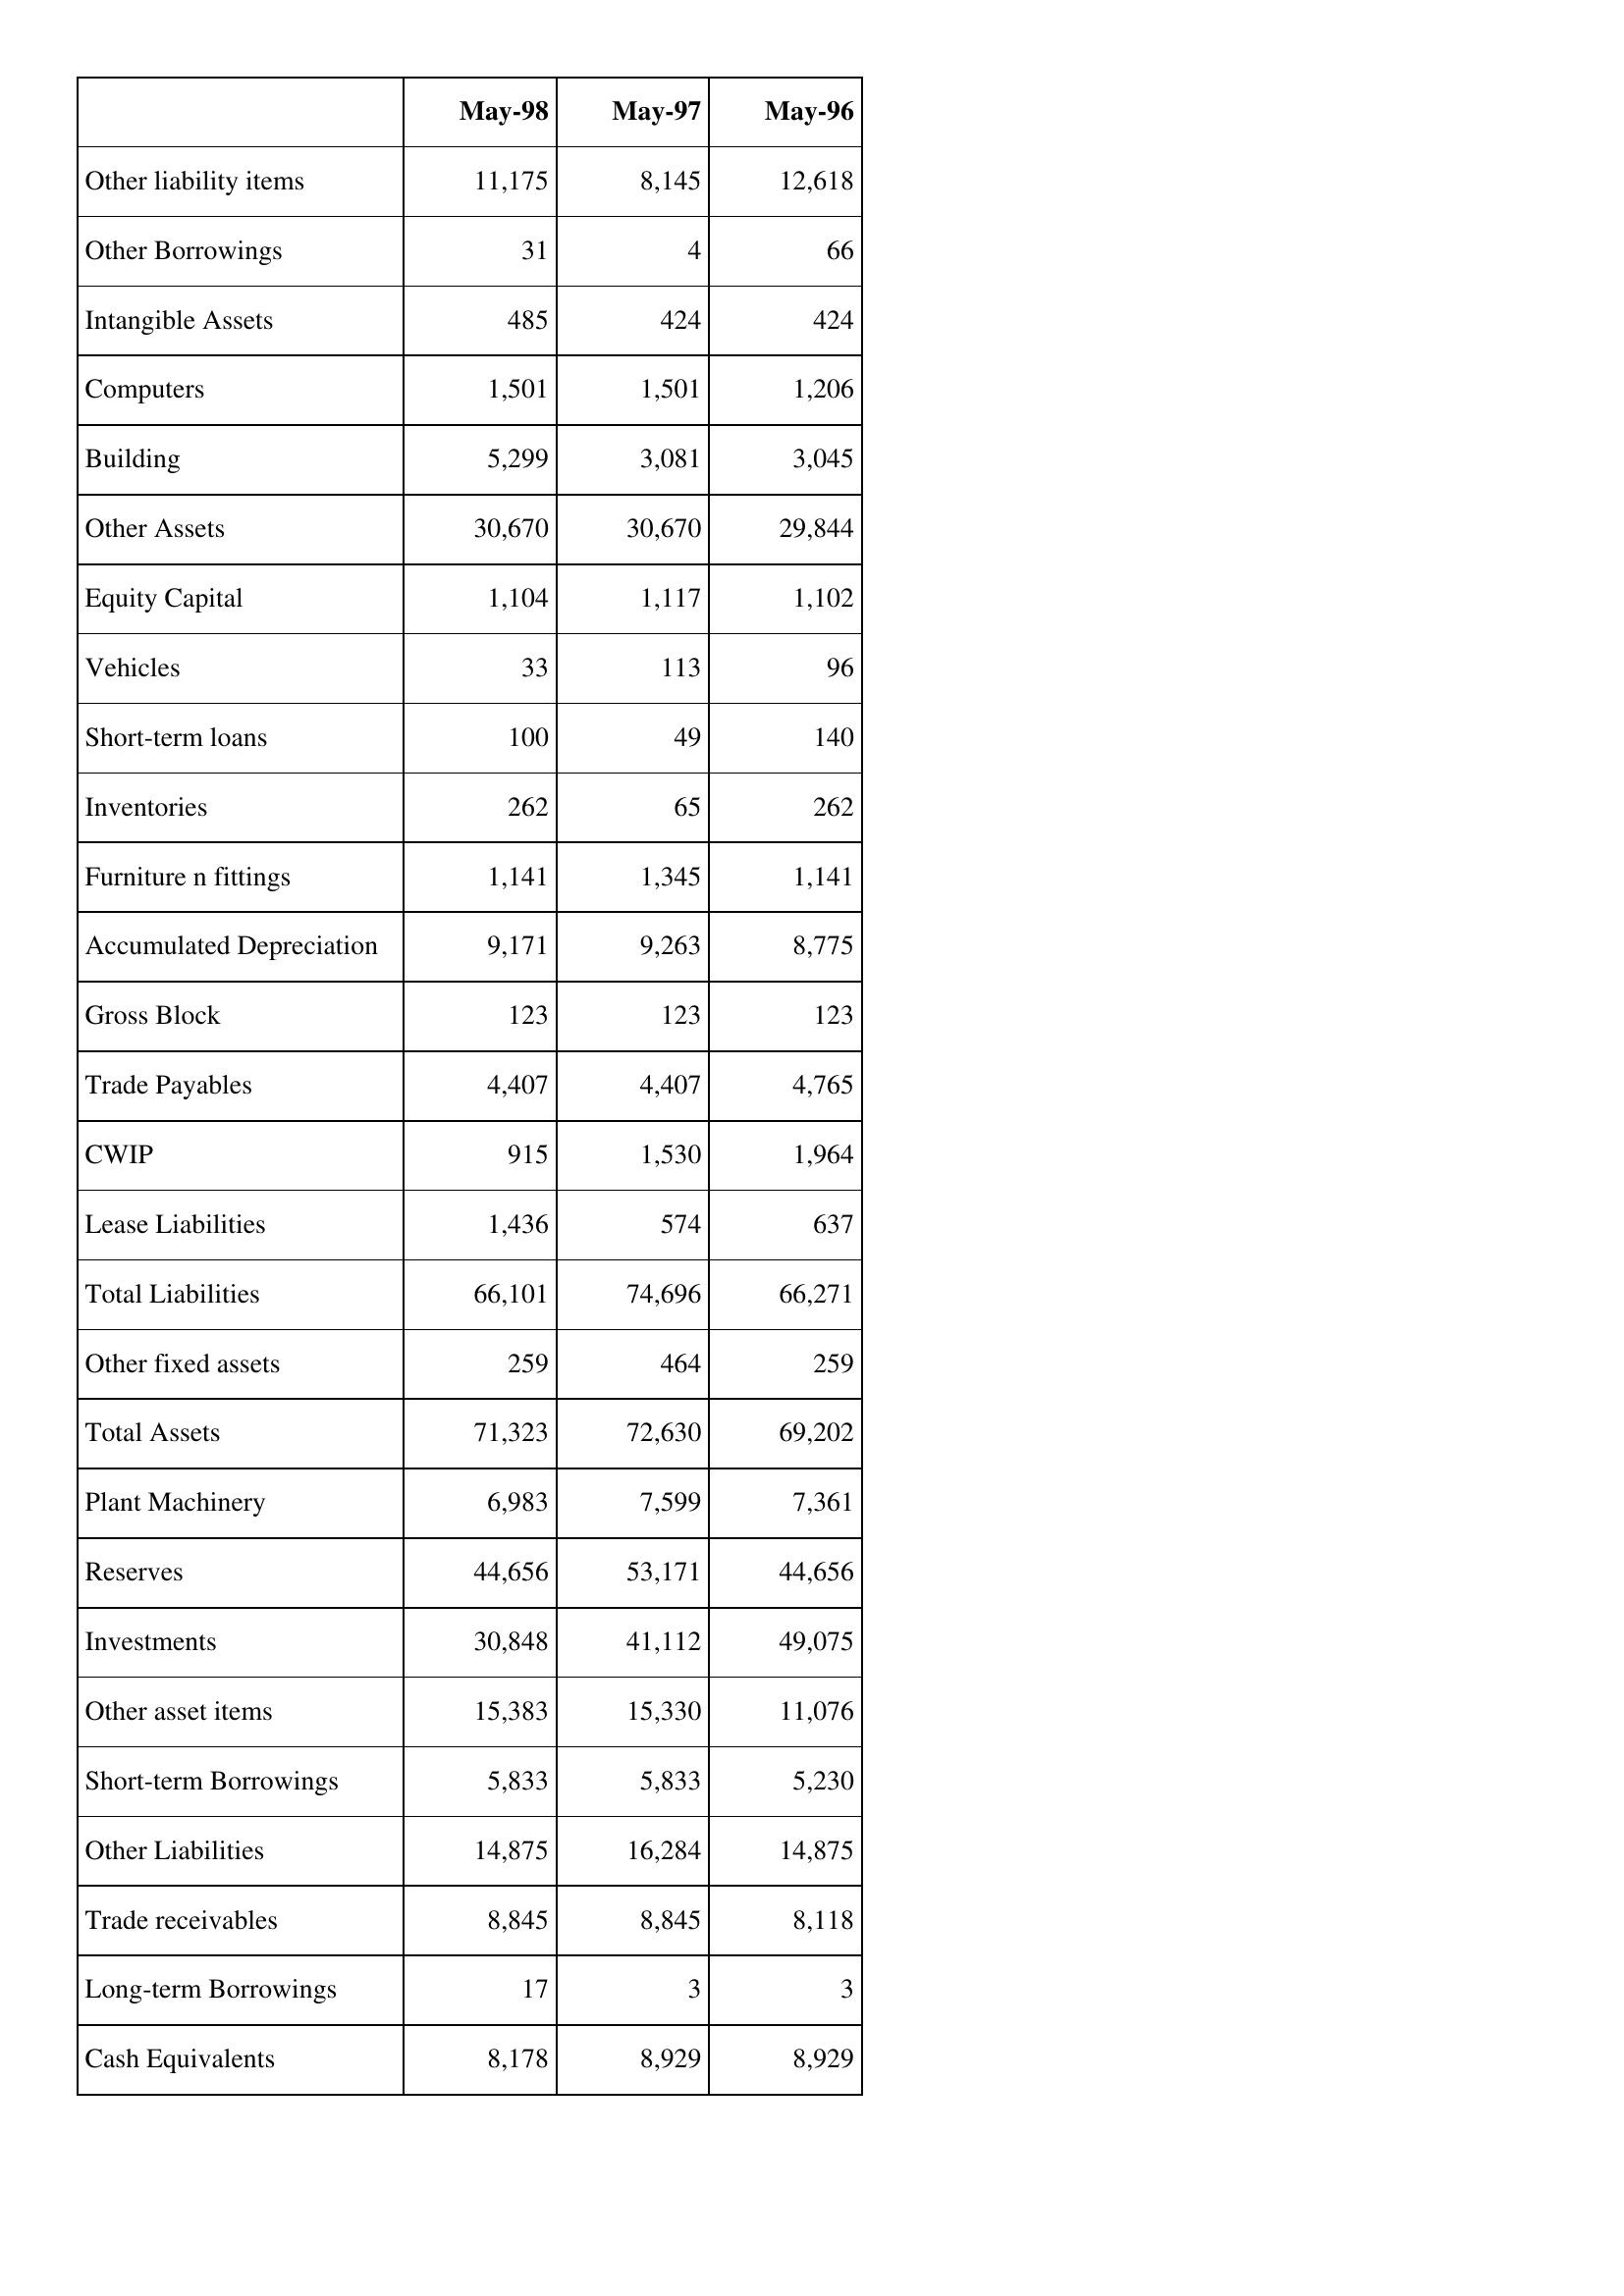
May-98: Balance Sheet: Other liability items: 11,175
Other Borrowings: 31
Intangible Assets: 485
Computers: 1,501
Building: 5,299
Other Assets: 30,670
Equity Capital: 1,104
Vehicles: 33
Short-term loans: 100
Inventories: 262
Furniture n fittings: 1,141
Accumulated Depreciation: 9,171
Gross Block: 123
Trade Payables: 4,407
CWIP: 915
Lease Liabilities: 1,436
Total Liabilities: 66,101
Other fixed assets: 259
Total Assets: 71,323
Plant Machinery: 6,983
Reserves: 44,656
Investments: 30,848
Other asset items: 15,383
Short-term Borrowings: 5,833
Other Liabilities: 14,875
Trade receivables: 8,845
Long-term Borrowings: 17
Cash Equivalents: 8,178
May-97: Balance Sheet: Other liability items: 8,145
Other Borrowings: 4
Intangible Assets: 424
Computers: 1,501
Building: 3,081
Other Assets: 30,670
Equity Capital: 1,117
Vehicles: 113
Short-term loans: 49
Inventories: 65
Furniture n fittings: 1,345
Accumulated Depreciation: 9,263
Gross Block: 123
Trade Payables: 4,407
CWIP: 1,530
Lease Liabilities: 574
Total Liabilities: 74,696
Other fixed assets: 464
Total Assets: 72,630
Plant Machinery: 7,599
Reserves: 53,171
Investments: 41,112
Other asset items: 15,330
Short-term Borrowings: 5,833
Other Liabilities: 16,284
Trade receivables: 8,845
Long-term Borrowings: 3
Cash Equivalents: 8,929
May-96: Balance Sheet: Other liability items: 12,618
Other Borrowings: 66
Intangible Assets: 424
Computers: 1,206
Building: 3,045
Other Assets: 29,844
Equity Capital: 1,102
Vehicles: 96
Short-term loans: 140
Inventories: 262
Furniture n fittings: 1,141
Accumulated Depreciation: 8,775
Gross Block: 123
Trade Payables: 4,765
CWIP: 1,964
Lease Liabilities: 637
Total Liabilities: 66,271
Other fixed assets: 259
Total Assets: 69,202
Plant Machinery: 7,361
Reserves: 44,656
Investments: 49,075
Other asset items: 11,076
Short-term Borrowings: 5,230
Other Liabilities: 14,875
Trade receivables: 8,118
Long-term Borrowings: 3
Cash Equivalents: 8,929